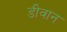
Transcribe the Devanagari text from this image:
डीवान